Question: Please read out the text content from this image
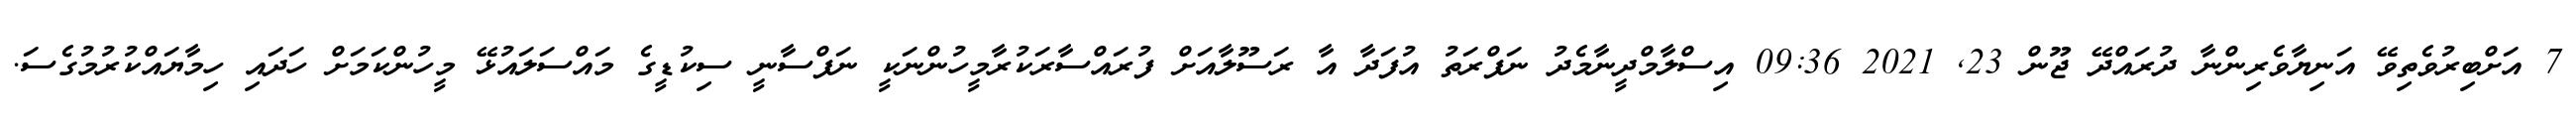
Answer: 7 އަށްބިރުވެތިވޭ އަނިޔާވެރިންނާ ދުރައްދޭ ޖޫން 23, 2021 09:36 އިސްލާމްދީނާމެދު ނަފްރަތު އުފަދާ އާ ރަސޫލާއަށް ފުރައްސާރަކުރާމީހުންނަކީ ނަފްސާނީ ސިކުޑީގެ މައްސަލައުޅޭ މީހުންކަމަށް ހަދައި ހިމާޔައްކުރުމުގެސަ.